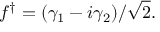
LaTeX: f ^ { \dagger } = ( \gamma _ { 1 } - i \gamma _ { 2 } ) / { \sqrt { 2 } } .